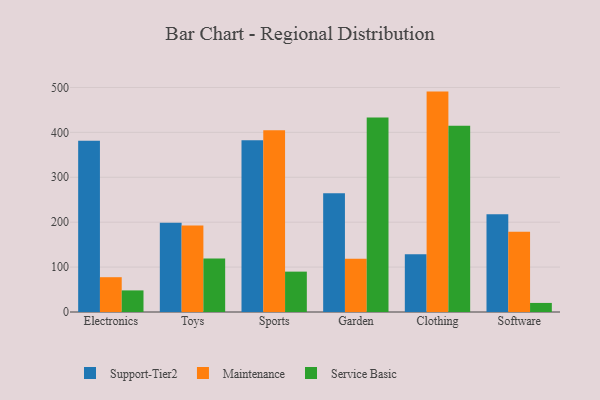
{"axis": {"x": "Category", "y": "Customer Acquisition Cost (USD)"}, "legend": ["Maintenance", "Service Basic", "Support-Tier2"], "data": [{"x": "Electronics", "y": 381.5, "type": "Support-Tier2"}, {"x": "Electronics", "y": 77.5, "type": "Maintenance"}, {"x": "Electronics", "y": 48.1, "type": "Service Basic"}, {"x": "Toys", "y": 198.9, "type": "Support-Tier2"}, {"x": "Toys", "y": 192.5, "type": "Maintenance"}, {"x": "Toys", "y": 119.4, "type": "Service Basic"}, {"x": "Sports", "y": 382.3, "type": "Support-Tier2"}, {"x": "Sports", "y": 404.5, "type": "Maintenance"}, {"x": "Sports", "y": 89.9, "type": "Service Basic"}, {"x": "Garden", "y": 264.2, "type": "Support-Tier2"}, {"x": "Garden", "y": 118.8, "type": "Maintenance"}, {"x": "Garden", "y": 433.2, "type": "Service Basic"}, {"x": "Clothing", "y": 128.6, "type": "Support-Tier2"}, {"x": "Clothing", "y": 490.8, "type": "Maintenance"}, {"x": "Clothing", "y": 414.8, "type": "Service Basic"}, {"x": "Software", "y": 217.9, "type": "Support-Tier2"}, {"x": "Software", "y": 178.6, "type": "Maintenance"}, {"x": "Software", "y": 20.2, "type": "Service Basic"}]}